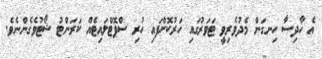
އެ ހާދިސާ ހިނގަން މެދުވެރިވީ ޓަވަރުގައި ހަރުކޮށްފައި ހުރި ސްޕޮޓްލައިޓެއް ކަރަންޓު ޝޯޓުވެގެންނެވެ.